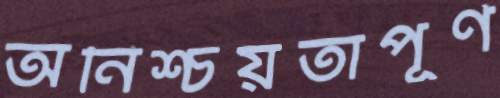
অনিশ্চয়তাপূর্ণ